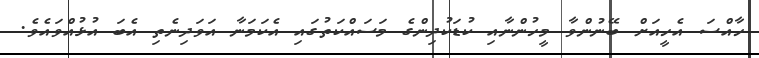
ހާއްސަ އެހީއަށް ބޭނުންވާ މީހުންނާއި ކުޑަކުދިންގެ މަސައްކަތުގައި އެކަމަނާ އަވަދިނެތި އެބަ އުޅުއްވައެވެ.